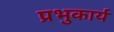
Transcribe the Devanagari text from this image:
प्रभुकार्य